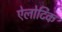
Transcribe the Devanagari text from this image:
ऐलोटिक